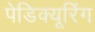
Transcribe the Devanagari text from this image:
पेडिक्यूरिंग